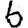
Digit: 6